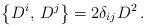
LaTeX: \begin{align*}\left\{D^i,\,D^j\right\}=2\delta_{ij} D^2\,.\end{align*}